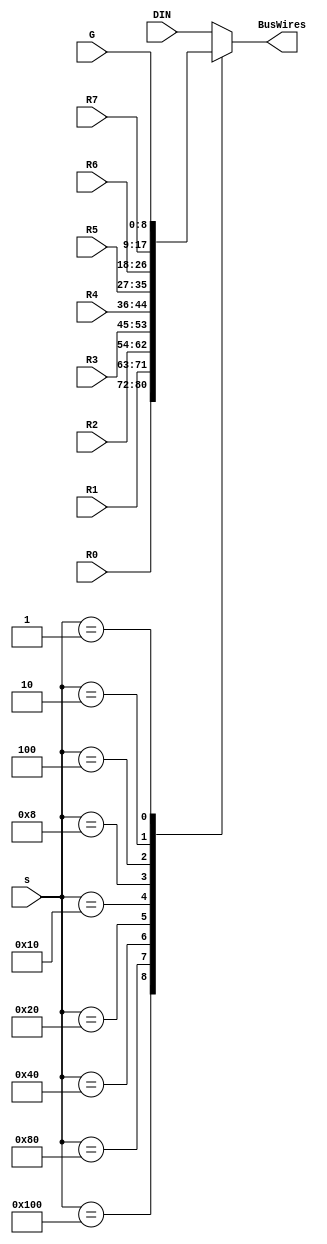
module mux_10_1_9_bits(input [8:0] R0, R1, R2, R3, R4, R5, R6, R7, G, DIN,
								input [9:0] s,
								output reg [8:0] BusWires);
	always @(*)
		case (s)
			default: BusWires = DIN;
			10'b0100000000: BusWires = R0;
			10'b0010000000: BusWires = R1;
			10'b0001000000: BusWires = R2;
			10'b0000100000: BusWires = R3;
			10'b0000010000: BusWires = R4;
			10'b0000001000: BusWires = R5;
			10'b0000000100: BusWires = R6;
			10'b0000000010: BusWires = R7;
			10'b0000000001: BusWires = G;
		endcase
		
endmodule